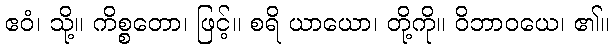
ဧဝံ၊ သို့။ ကိစ္စတော၊ ဖြင့်။ စရိ ယာယော၊ တို့ကို။ ဝိဘာဝယေ၊ ၏။